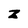
Character: z